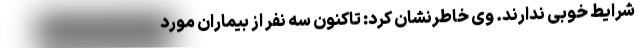
شرایط خوبی ندارند. وی خاطرنشان کرد: تاکنون سه نفر از بیماران مورد